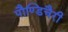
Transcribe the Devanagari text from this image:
पौण्डिचैरी